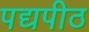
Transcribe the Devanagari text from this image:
पद्यपीठ